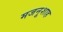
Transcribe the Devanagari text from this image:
मजनूशाह